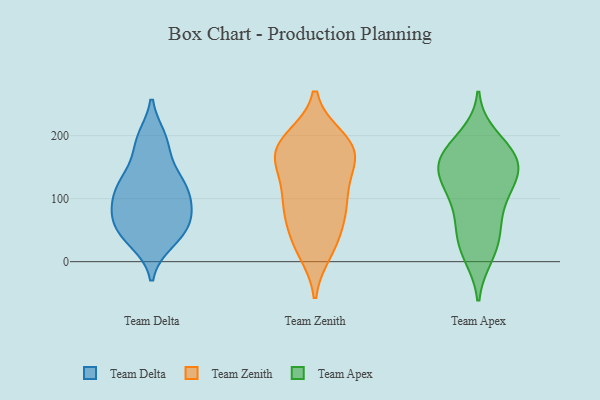
{"axis": {"x": "Headcount", "y": "Value"}, "legend": ["Team Apex", "Team Delta", "Team Zenith"], "data": [{"x": "", "y": 40, "type": "Team Delta"}, {"x": "", "y": 60, "type": "Team Delta"}, {"x": "", "y": 52, "type": "Team Delta"}, {"x": "", "y": 94, "type": "Team Delta"}, {"x": "", "y": 125, "type": "Team Delta"}, {"x": "", "y": 195, "type": "Team Delta"}, {"x": "", "y": 124, "type": "Team Delta"}, {"x": "", "y": 71, "type": "Team Delta"}, {"x": "", "y": 188, "type": "Team Delta"}, {"x": "", "y": 135, "type": "Team Delta"}, {"x": "", "y": 190, "type": "Team Delta"}, {"x": "", "y": 133, "type": "Team Delta"}, {"x": "", "y": 108, "type": "Team Delta"}, {"x": "", "y": 70, "type": "Team Delta"}, {"x": "", "y": 40, "type": "Team Delta"}, {"x": "", "y": 102, "type": "Team Delta"}, {"x": "", "y": 32, "type": "Team Delta"}, {"x": "", "y": 82, "type": "Team Delta"}, {"x": "", "y": 72, "type": "Team Zenith"}, {"x": "", "y": 76, "type": "Team Zenith"}, {"x": "", "y": 95, "type": "Team Zenith"}, {"x": "", "y": 36, "type": "Team Zenith"}, {"x": "", "y": 192, "type": "Team Zenith"}, {"x": "", "y": 177, "type": "Team Zenith"}, {"x": "", "y": 162, "type": "Team Zenith"}, {"x": "", "y": 27, "type": "Team Zenith"}, {"x": "", "y": 104, "type": "Team Zenith"}, {"x": "", "y": 145, "type": "Team Zenith"}, {"x": "", "y": 184, "type": "Team Zenith"}, {"x": "", "y": 195, "type": "Team Zenith"}, {"x": "", "y": 104, "type": "Team Zenith"}, {"x": "", "y": 173, "type": "Team Zenith"}, {"x": "", "y": 17, "type": "Team Zenith"}, {"x": "", "y": 161, "type": "Team Zenith"}, {"x": "", "y": 10, "type": "Team Apex"}, {"x": "", "y": 59, "type": "Team Apex"}, {"x": "", "y": 133, "type": "Team Apex"}, {"x": "", "y": 164, "type": "Team Apex"}, {"x": "", "y": 137, "type": "Team Apex"}, {"x": "", "y": 174, "type": "Team Apex"}, {"x": "", "y": 136, "type": "Team Apex"}, {"x": "", "y": 61, "type": "Team Apex"}, {"x": "", "y": 32, "type": "Team Apex"}, {"x": "", "y": 165, "type": "Team Apex"}, {"x": "", "y": 198, "type": "Team Apex"}, {"x": "", "y": 128, "type": "Team Apex"}, {"x": "", "y": 93, "type": "Team Apex"}, {"x": "", "y": 18, "type": "Team Apex"}, {"x": "", "y": 159, "type": "Team Apex"}, {"x": "", "y": 178, "type": "Team Apex"}, {"x": "", "y": 105, "type": "Team Apex"}]}